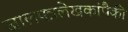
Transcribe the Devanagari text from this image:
जालपत्रलेखकांपैकी